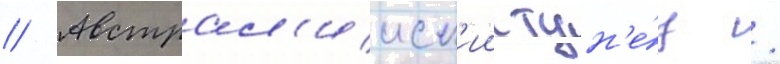
// Австрал'ииск'ии тун'е́ц /